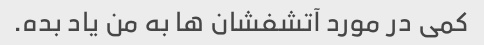
کمی در مورد آتشفشان ها به من یاد بده.